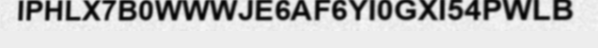
IPHLX7B0WWWJE6AF6YI0GXI54PWLB